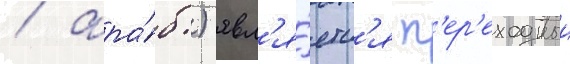
/ ара́б.) явл'я́етс'я п'ер'еходныи